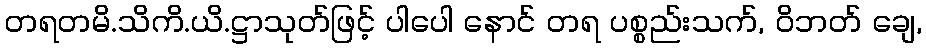
တရတမိ.သိကိ.ယိ.ဋ္ဌာသုတ်ဖြင့် ပါပေါ နောင် တရ ပစ္စည်းသက်, ဝိဘတ် ချေ,